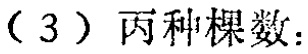
（3）丙种棵数：